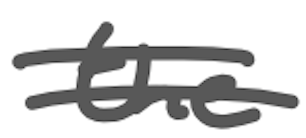
Text: the
Cross-out: double-line
Writing tool: digital_gray